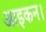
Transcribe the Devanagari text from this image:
आइकन।